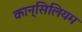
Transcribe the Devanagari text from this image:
कान्सिलियम